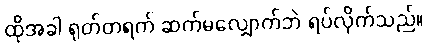
ထိုအခါ ရုတ်တရက် ဆက်မလျှောက်ဘဲ ရပ်လိုက်သည်။